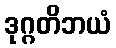
ဒုဂ္ဂတိဘယံ